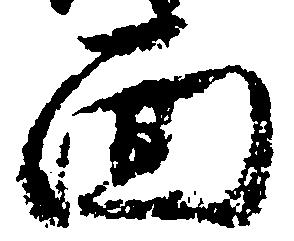
面